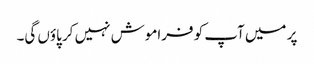
پر میں آپ کو فراموش نہیں کر پاؤں گی۔